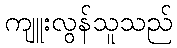
ကျူးလွန်သူသည်